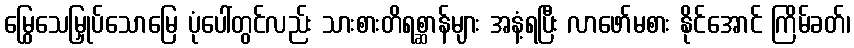
မြွေသေမြှုပ်သောမြေ ပုံပေါ်တွင်လည်း သားစားတိရစ္ဆာန်များ အနံ့ရပြီး လာဖော်မစား နိုင်အောင် ကြိမ်ခတ်၊